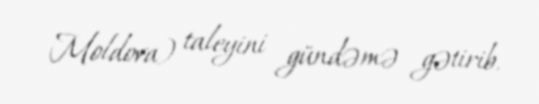
Moldova) taleyini gündəmə gətirib.